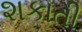
શકાતી